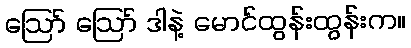
ဪ ဪ ဒါနဲ့ မောင်ထွန်းထွန်းက။